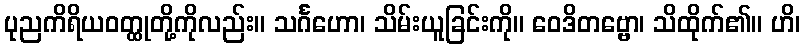
ပုညကိရိယဝတ္ထုတို့ကိုလည်း။ သင်္ဂဟော၊ သိမ်းယူခြင်းကို။ ဝေဒိတဗ္ဗော၊ သိထိုက်၏။ ဟိ၊